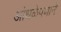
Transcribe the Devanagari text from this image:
आंधळेपणाने